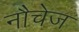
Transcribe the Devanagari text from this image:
नौचेज